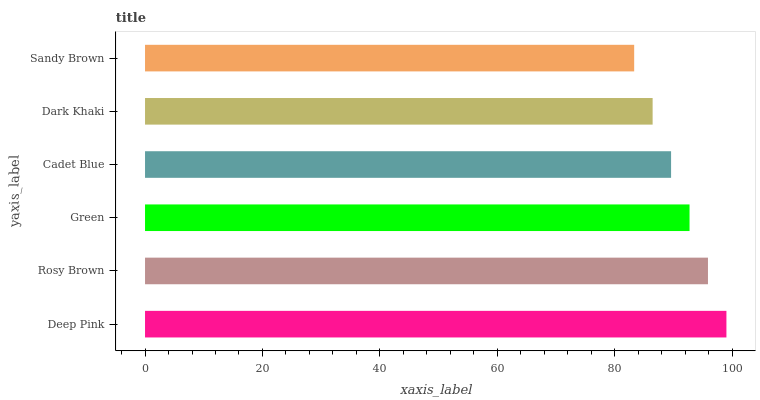
| yaxis_label | bars |
 | --- | --- |
 | Deep Pink | 99 |
 | Rosy Brown | 95.9 |
 | Green | 92.7 |
 | Cadet Blue | 89.6 |
 | Dark Khaki | 86.4 |
 | Sandy Brown | 83.3 |